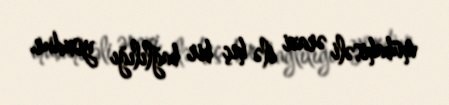
mübahisəli ərazi ilə heç bir bağlılığı yoxdur.